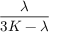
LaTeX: \frac { \lambda } { 3 K - \lambda }